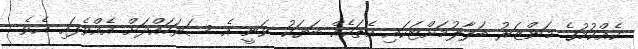
ކެއްކުމުގެ މަންޒަރު ބަލާލުމަށްޓަކައި އެތަކެއް ބަޔަކު ވަނީ އެ ސަރަހައްދަށް އެއްވެފައި އެވެ.